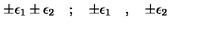
\pm \epsilon _ { 1 } \pm \epsilon _ { 2 } \quad ; \quad \pm \epsilon _ { 1 } \quad , \quad \pm \epsilon _ { 2 }